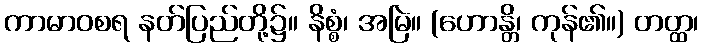
ကာမာဝစရ နတ်ပြည်တို့၌။ နိစ္စံ၊ အမြဲ။ (ဟောန္တိ၊ ကုန်၏။) တတ္ထ၊